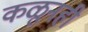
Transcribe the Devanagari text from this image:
कळूनही